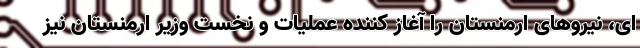
ای، نیروهای ارمنستان را آغاز کننده عملیات و نخست وزیر ارمنستان نیز